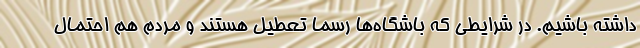
داشته باشیم. در شرایطی که باشگاه‌ها رسما تعطیل هستند و مردم هم احتمال